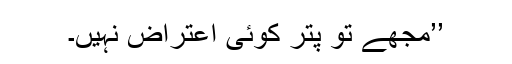
’’مجھے تو پتر کوئی اعتراض نہیں۔